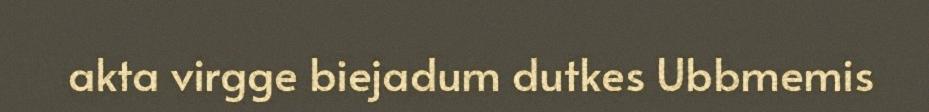
akta virgge biejadum dutkes Ubbmemis